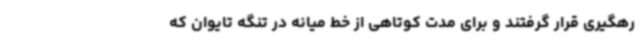
رهگیری قرار گرفتند و برای مدت کوتاهی از خط میانه در تنگه تایوان که